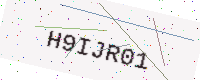
Text: H9IJR01